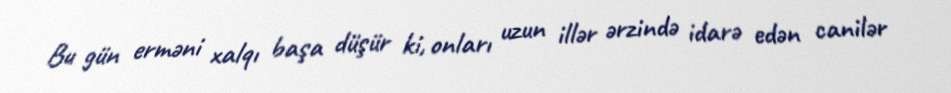
Bu gün erməni xalqı başa düşür ki, onları uzun illər ərzində idarə edən canilər